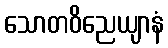
သောတဝိညေယျာနံ